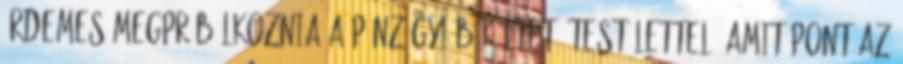
érdemes megpróbálkoznia a Pénzügyi Békéltető Testülettel, amit pont az